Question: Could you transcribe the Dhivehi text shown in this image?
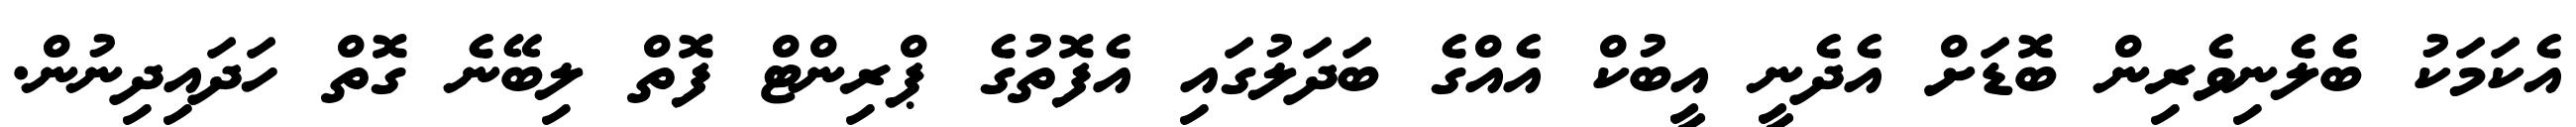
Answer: އެކަމަކު ބެލެނިވެރިން ބޮޑަށް އެދެނީ އީބުކް އެއްގެ ބަދަލުގައި އެފޮތުގެ ޕްރިންޓް ފޮތް ލިބޭނެ ގޮތް ހަދައިދިނުން.